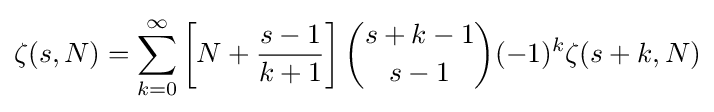
\zeta (s,N)=\sum _{k=0}^{\infty }\left[N+{\frac {s-1}{k+1}}\right]{s+k-1 \choose s-1}(-1)^{k}\zeta (s+k,N)